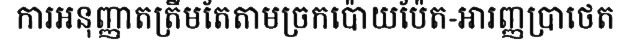
ការអនុញ្ញាតត្រឹមតែតាមច្រកប៉ោយប៉ែត-អារញ្ញប្រាថេត